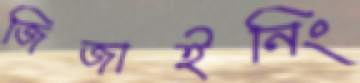
জিজাইনিং